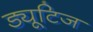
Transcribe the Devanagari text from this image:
ड्यूटिज